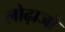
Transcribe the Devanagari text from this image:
लोढ़ाजो